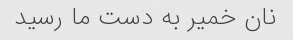
نان خمیر به دست ما رسید